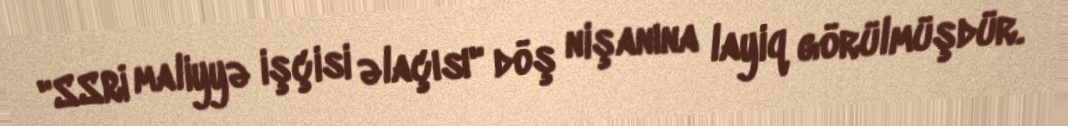
"SSRİ maliyyə işçisi əlaçısı" döş nişanına layiq görülmüşdür.